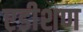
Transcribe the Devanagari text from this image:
एडीशण